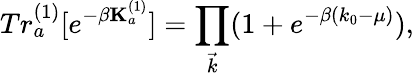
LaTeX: Tr_{a}^{(1)}[e^{-\beta{\mathbf K}_{a}^{(1)}}]=\prod_{\vec{k}}(1+e^{-\beta(k_{0}-\mu)}),